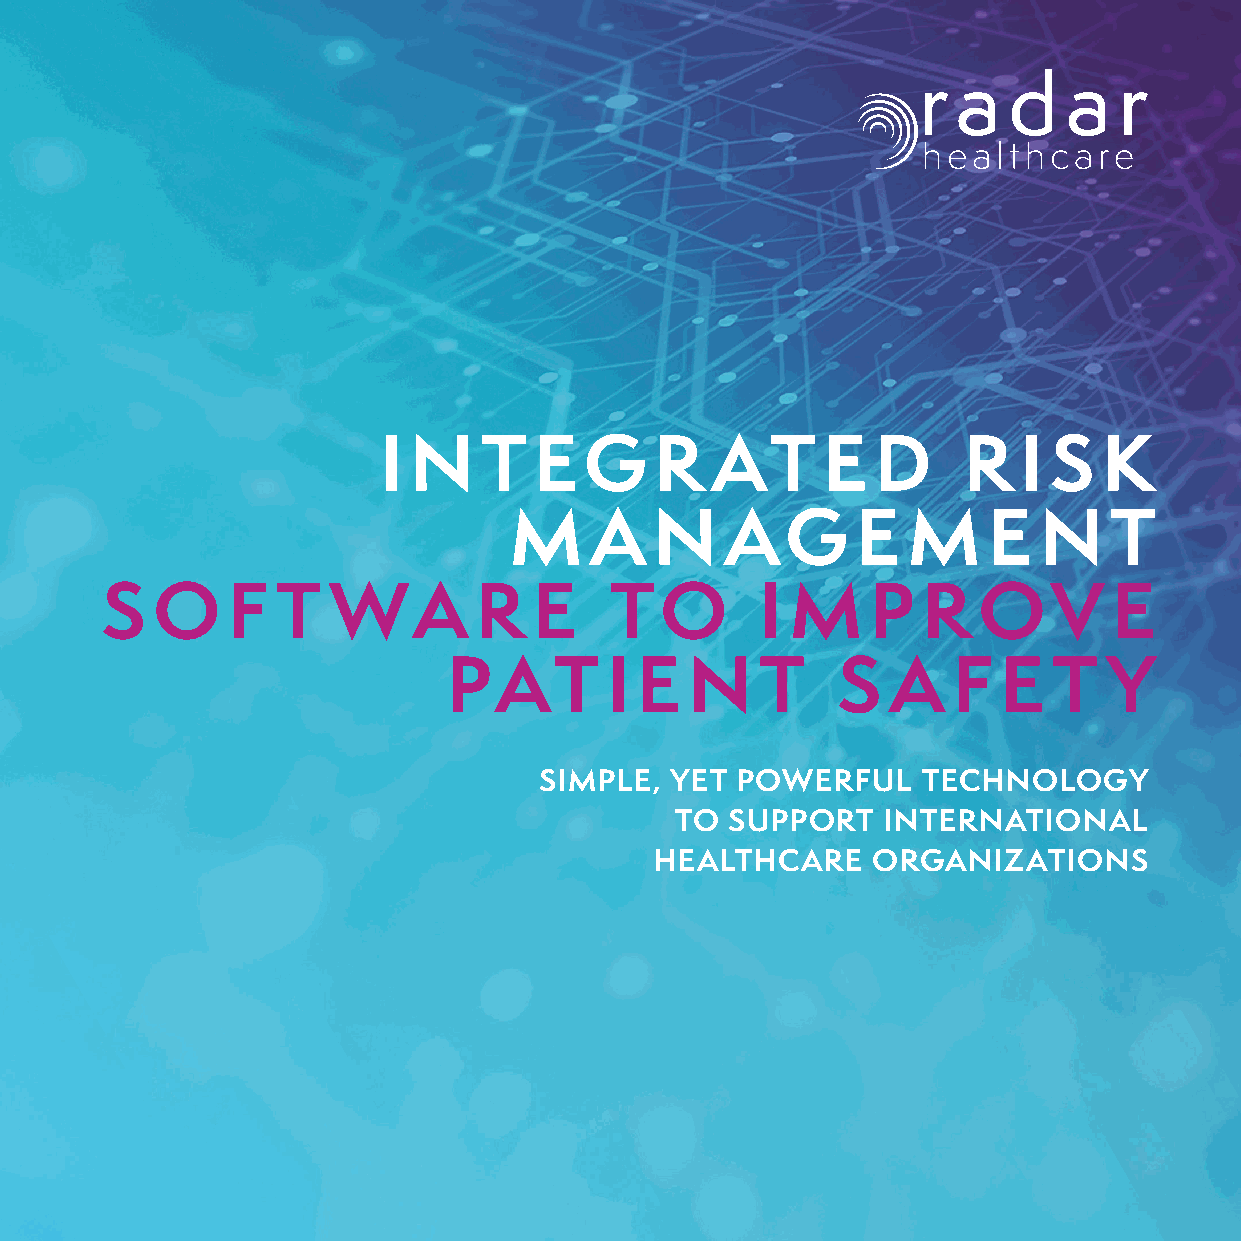
I N    T  EG      R   AT     E   D     R   I S  K
 M    A   N    AG       E  M    E   N   T
 S  O    F  T   WA       R   E    TO        I M     P  R   OV       E
 PAT       I E   N   T    S   A   F  E   T  Y
 SIMPLE, YET  POWERFUL    TECHNOLOGY
 TO SUPPORT   INTERNATIONAL
 HEALTHCARE     ORGANIZATIONS